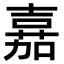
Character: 𫅘